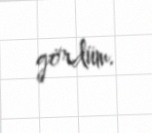
gördüm.